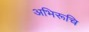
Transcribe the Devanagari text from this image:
अभिरूचि